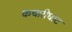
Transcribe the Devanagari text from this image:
कचारीघाट